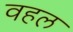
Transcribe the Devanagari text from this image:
वहल